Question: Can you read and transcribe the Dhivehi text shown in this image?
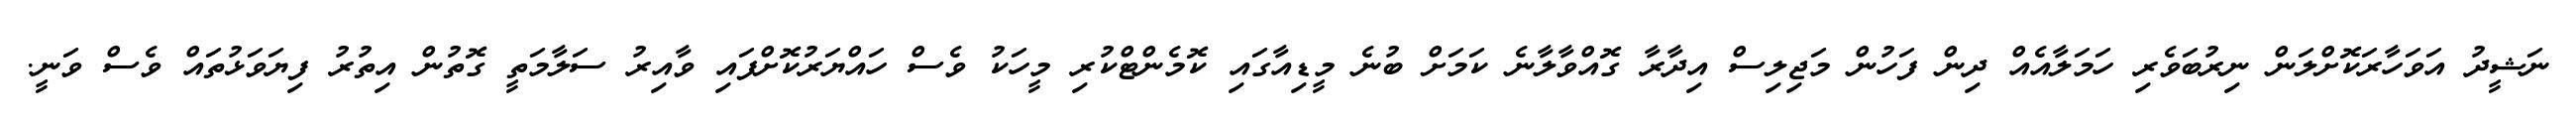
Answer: ނަޝީދު އަވަހާރަކޮށްލަން ނިރުބަވެރި ހަމަލާއެއް ދިން ފަހުން މަޖިލިސް އިދާރާ ގޮއްވާލާނެ ކަމަށް ބުނެ މީޑިއާގައި ކޮމެންޓްކުރި މީހަކު ވެސް ހައްޔަރުކޮށްފައި ވާއިރު ސަލާމަތީ ގޮތުން އިތުރު ފިޔަވަޅުތައް ވެސް ވަނީ.